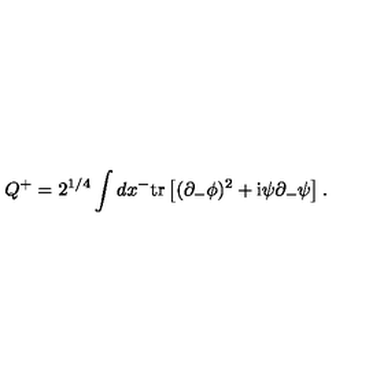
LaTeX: Q ^ { + } = 2 ^ { 1 / 4 } \int d x ^ { - } \mathrm { t r } \left[ ( \partial _ { - } \phi ) ^ { 2 } + \mathrm { i } \psi \partial _ { - } \psi \right] .